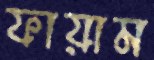
ফায়াম